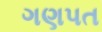
ગણપત